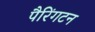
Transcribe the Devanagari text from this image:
पैरिंगटन